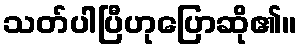
သတ်ပါပြီဟုပြောဆို၏။